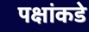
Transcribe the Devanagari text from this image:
पक्षांकडे